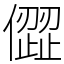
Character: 㒊